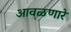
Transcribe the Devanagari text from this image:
आवळणारे